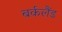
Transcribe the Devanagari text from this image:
बर्कलैंड